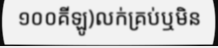
១០០គីឡូ)លក់គ្រប់ឬមិន